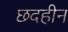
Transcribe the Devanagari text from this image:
छदहीन